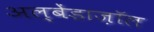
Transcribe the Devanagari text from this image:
अल्बेंडाज़ॉल